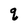
Character: q